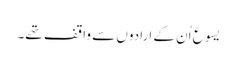
‏ یسوع اُن کے اِرادوں سے واقف تھے۔